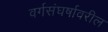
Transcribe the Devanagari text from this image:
वर्गसंघर्षावरील